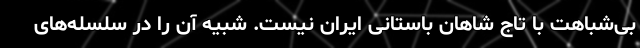
بی‌شباهت با تاج شاهان باستانی ایران نیست. شبیه آن را در سلسله‌های